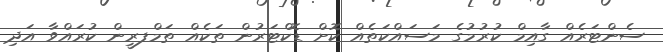
ސެންޓަރެއް ގާއިމް ކުރުމުގެ މަސައްކަތެއް ކޮށް ޑޮކްޓަރުން ތަކެއް ތަމްފރީން ކުރައްވާ އަދި